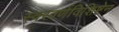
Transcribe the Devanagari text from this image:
स्वरवर्णविशिष्टेन